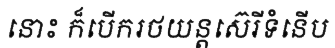
នោះ ក៏បើករថយន្តស៊េរីទំនើប